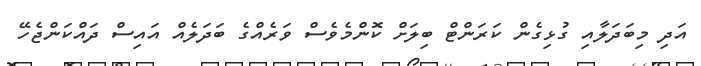
އަދި މިބަދަލާއި ގުޅިގެން ކަރަންޓް ބިލަށް ކޮންމެވެސް ވަރެއްގެ ބަދަލެއް އައިސް ދައްކަންޖެހޭ